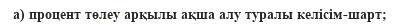
а) процент төлеу арқылы ақша алу туралы келісім-шарт;